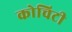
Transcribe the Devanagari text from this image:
कोचिटी